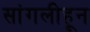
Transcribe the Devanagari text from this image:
सांगलीहून